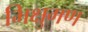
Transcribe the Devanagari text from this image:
भिक्षुगण